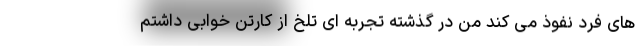
های فرد نفوذ می کند من در گذشته تجربه ای تلخ از کارتن خوابی داشتم